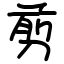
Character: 剪